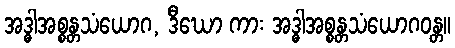
အဒ္ဓါအစ္စန္တသံယောဂ, ဒီဃော ကား အဒ္ဓါအစ္စန္တသံယောဂဝန္တ။